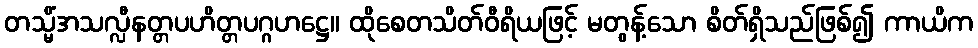
တသ္မိံအသလ္လီနတ္တပဟိတ္တပဂ္ဂဟဋ္ဌေ။ ထိုစေတသိတ်ဝီရိယဖြင့် မတွန့်သော စိတ်ရှိသည်ဖြစ်၍ ကာယိက